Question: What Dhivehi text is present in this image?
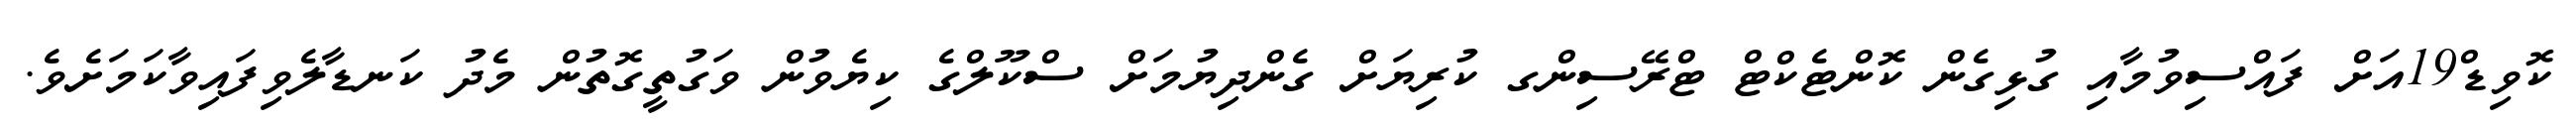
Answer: ކޮވިޑް19އަށް ފައްސިވުމާއި ގުޅިގެން ކޮންޓެކްޓް ޓްރޭސިންގ ކުރިޔަށް ގެންދިޔުމަށް ސްކޫލްގެ ކިޔެވުން ވަގުތީގޮތުން މެދު ކަނޑާލެވިފައިވާކަމަށެވެ.